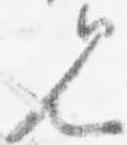
見